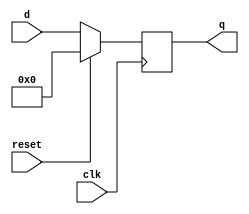
// Exercise 3-2-1-3: DFF With Reset
module DFF_Reset (
    input clk,
    input reset,            // Synchronous reset
    input [7:0] d,
    output [7:0] q
);
    reg [7:0] q_r;
    assign q = q_r;

    always @(posedge clk) begin
        if (reset) q_r <= 0;
        else q_r <= d;
    end
endmodule